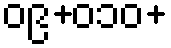
၀၉+၀၁၀+